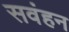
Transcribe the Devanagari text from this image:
सवंहन